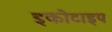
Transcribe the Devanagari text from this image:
इकोटाइप